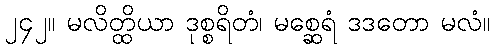
၂၄၂။ မလိတ္ထိယာ ဒုစ္စရိတံ၊ မစ္ဆေရံ ဒဒတော မလံ။